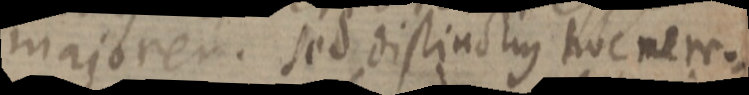
majorem. sed distinctius hoc mere: